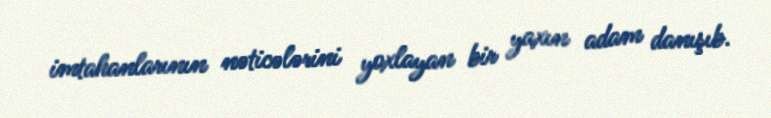
imtahanlarının nəticələrini yoxlayan bir yaxın adam danışıb.